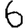
Digit: 6